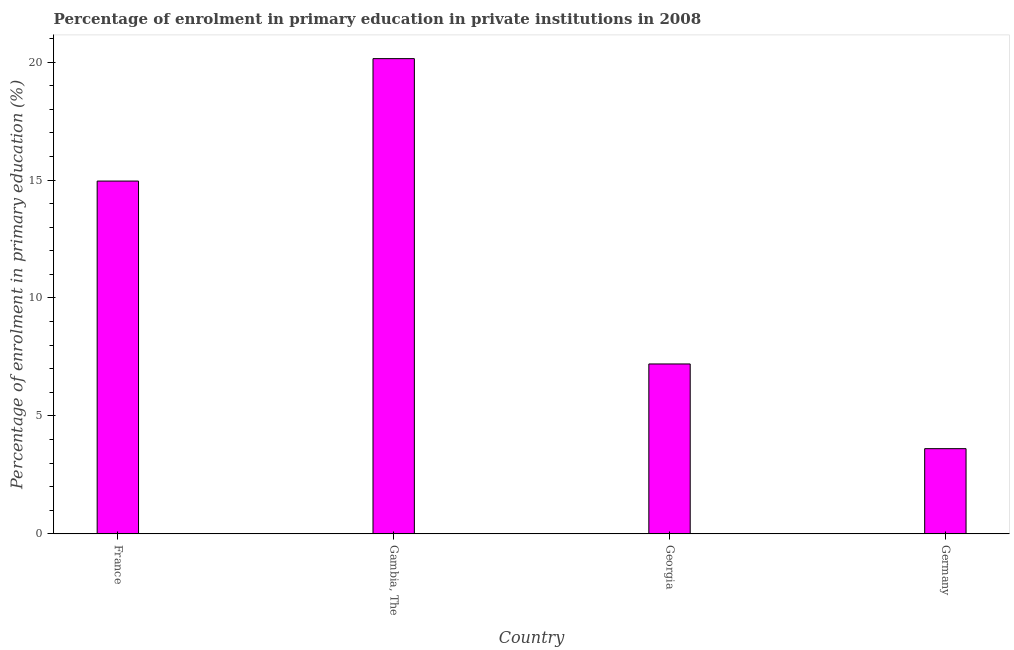
| Country | Enrolment  |
 | --- | --- |
 | France | 15 |
 | Gambia, The | 20.1 |
 | Georgia | 7.2 |
 | Germany | 3.61 |